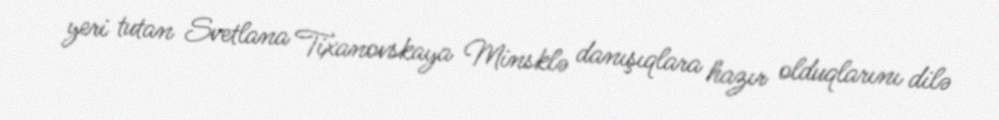
yeri tutan Svetlana Tixanovskaya Minsklə danışıqlara hazır olduqlarını dilə